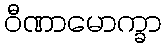
ဝီဏာမောက္ခာ